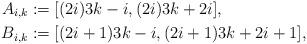
LaTeX: \begin{align*}A_{i,k} & := [(2i) 3k - i, (2i) 3 k + 2i],\\B_{i,k} & := [(2i+1) 3k - i, (2i+1) 3k + 2i+1 ],\end{align*}